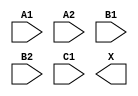
module sky130_fd_sc_hs__o221a (
    //# {{data|Data Signals}}
    input  A1,
    input  A2,
    input  B1,
    input  B2,
    input  C1,
    output X
);

    // Voltage supply signals
    supply1 VPWR;
    supply0 VGND;

endmodule